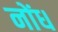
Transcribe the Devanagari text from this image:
नोंध